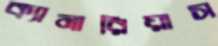
ক্যানারিয়াস